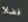
فضلا